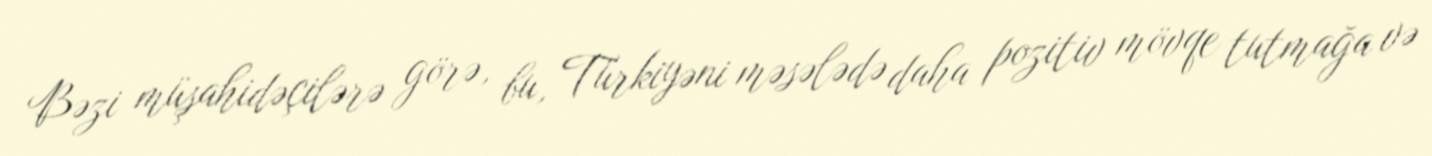
Bəzi müşahidəçilərə görə, bu, Türkiyəni məsələdə daha pozitiv mövqe tutmağa və